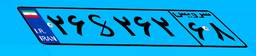
۶۴S۴۳۸۳۰